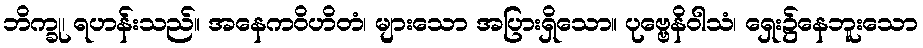
ဘိက္ခု၊ ရဟန်းသည်။ အနေကဝိဟိတံ၊ များသော အပြားရှိသော။ ပုဗ္ဗေနိဝါသံ၊ ရှေး၌နေဘူးသော